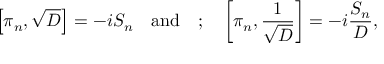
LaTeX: \left[ \pi _ { n } , \sqrt D \right] = - i S _ { n } \quad \mathrm { a n d } \quad ; \quad \left[ \pi _ { n } , { \frac { 1 } { \sqrt D } } \right] = - i { \frac { S _ { n } } { D } } ,